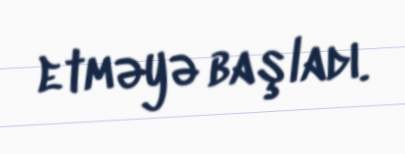
etməyə başladı.